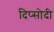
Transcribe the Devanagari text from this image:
दिप्सोदी